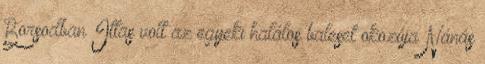
Borsodban Ittas volt az egyeki halálos baleset okozója Nánás